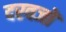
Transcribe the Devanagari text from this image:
दरवजों